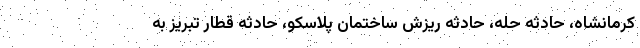
كرمانشاه، حادثه حله، حادثه ريزش ساختمان پلاسكو، حادثه قطار تبريز به